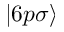
| 6 p \sigma \rangle